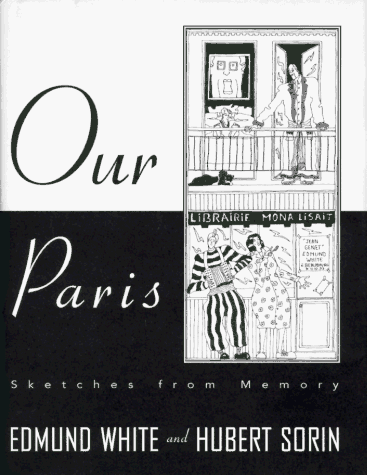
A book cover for Our Paris: Sketches from Memory; Edmund White; Gay & Lesbian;